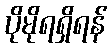
ပိုမိုရရှိရန်